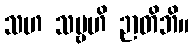
သဟ သဗ္ဗဟိ ဉာတိဘိ။